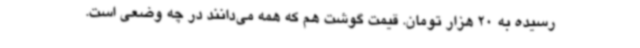
رسیده به 20 هزار تومان. قیمت گوشت هم که همه می‌دانند در چه وضعی است.